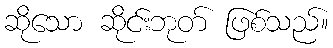
ဆိုသော ဆိုင်းဘုတ် ဖြစ်သည်။